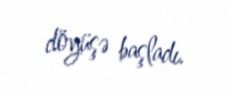
döyüşə başladı.